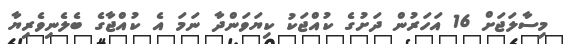
މިސާލަޖަށް 16 އަހަރުން ދަށުގެ ކުއްޖަކު ކިޔަވަންދާ ނަމަ އެ ކުއްޖާގެ ބެލެނިވެރިޔާ